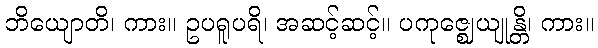
ဘိယျောတိ၊ ကား။ ဥပရူပရိ၊ အဆင့်ဆင့်။ ပကုဇ္ဈေယျုန္တိ၊ ကား။